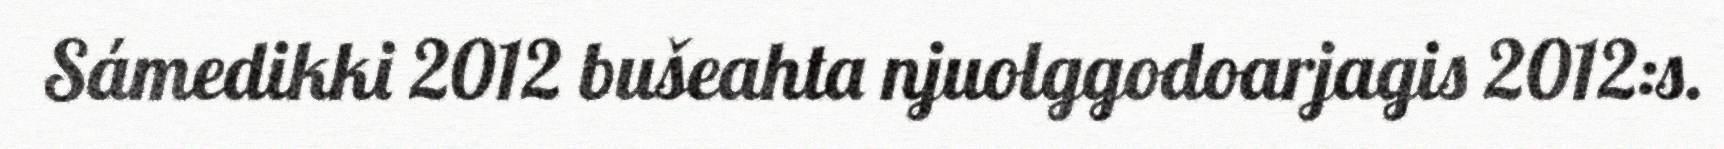
Sámedikki 2012 bušeahta njuolggodoarjagis 2012:s.